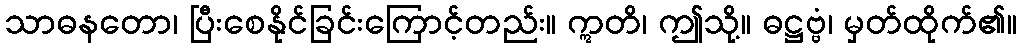
သာဓနတော၊ ပြီးစေနိုင်ခြင်းကြောင့်တည်း။ ဣတိ၊ ဤသို့။ ဓဋ္ဌဗ္ဗံ၊ မှတ်ထိုက်၏။